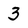
Character: 3